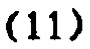
-11